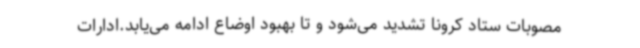
مصوبات ستاد کرونا تشدید می‌شود و تا بهبود اوضاع ادامه می‌یابد.ادارات